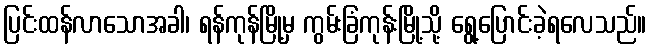
ပြင်းထန်လာသောအခါ၊ ရန်ကုန်မြို့မှ ကွမ်းခြံကုန်းမြို့သို့ ရွေ့ပြောင်းခဲ့ရလေသည်။